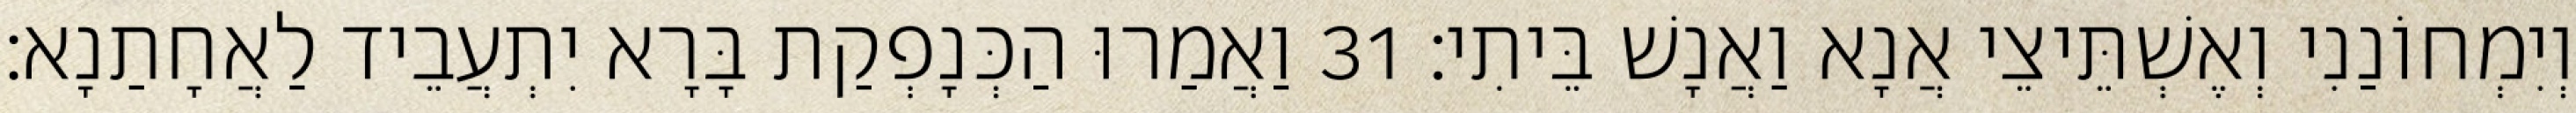
וְיִמְחוֹנַנִי וְאֶשְׁתֵּיצֵי אֲנָא וַאֲנָשׁ בֵּיתִי׃ 31 וַאֲמַרוּ הַכְּנָפְקַת בָּרָא יִתְעֲבֵיד לַאֲחָתַנָא׃